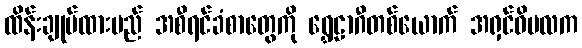
ထိန်းချုပ်ထားမည် အစီရင်ခံစာတွေကို ရွှေဠာဂီတစ်ယောက် အရှင်ဝိမလက